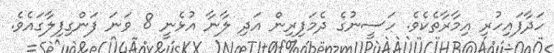
ހަދާފައިހުރި އިމާރާތެކެވެ. ހަސީނުގެ ދެމަފިރިން އަދި ލާނާ އުޅެނީ 8 ވަނަ ފަންގިފިލާގައެވެ.